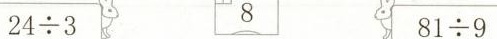
$$2 5 \div 3$$ 8 $$8 1 \div 9$$